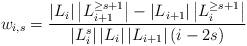
LaTeX: \begin{align*}w_{i,s}=\frac{\left|L_i\right|\left|L_{i+1}^{\geq s+1}\right| - \left|L_{i+1}\right|\left|L_i^{\geq s+1}\right|}{\left|L_i^s\right|\left|L_i\right|\left|L_{i+1}\right|(i-2s)}\end{align*}